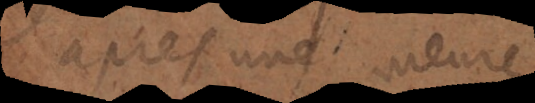
après une meure